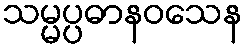
သမ္မပ္ပဓာနဝသေန